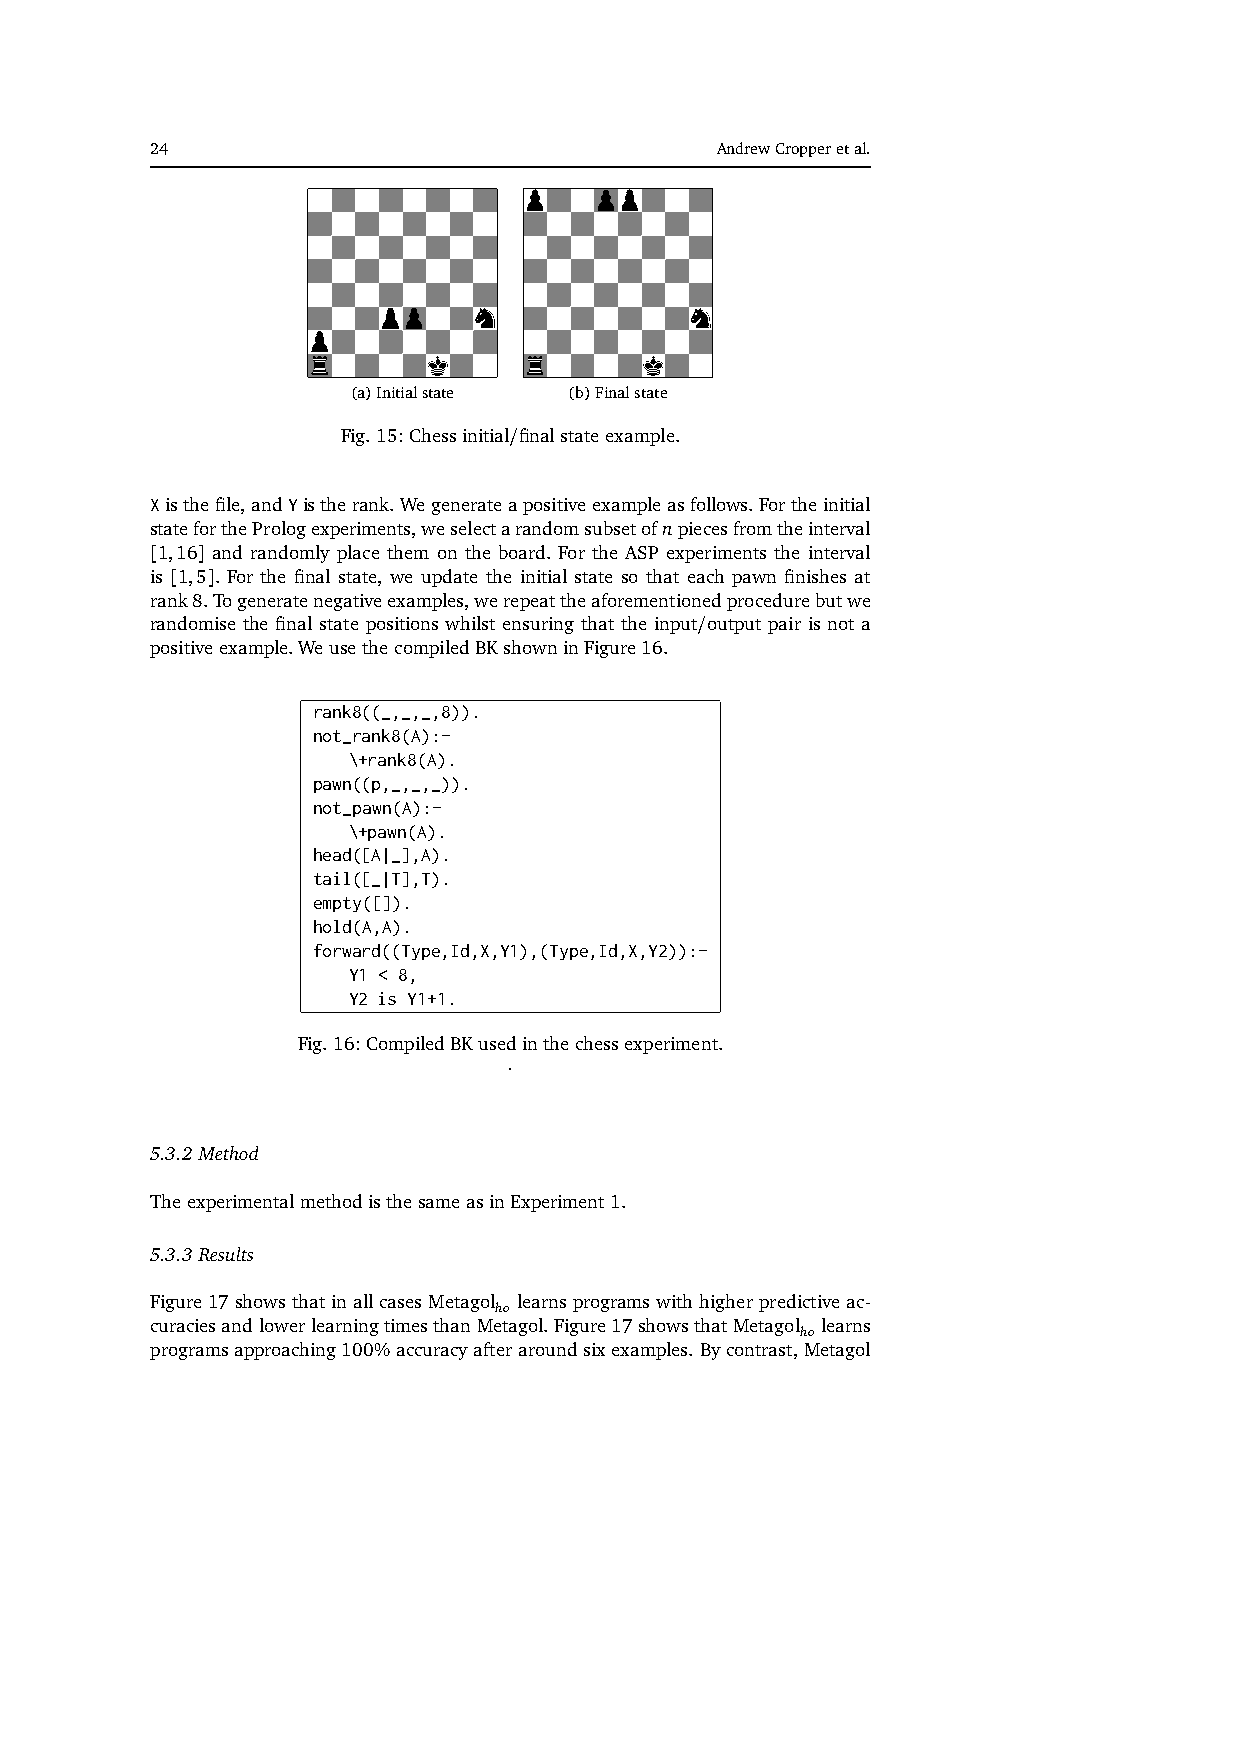
24                                   AndrewCropperetal.
 (a)Initialstate (b)Finalstate
 Fig.15:Chessinitial/finalstateexample.
 Xisthefile,andYistherank.Wegenerateapositiveexampleasfollows.Fortheinitial
 stateforthePrologexperiments,weselectarandomsubsetofnpiecesfromtheinterval
 [1,16] and randomly place them on the board. For the ASP experiments the interval
 is [1,5]. For the final state, we update the initial state so that each pawn finishes at
 rank8.Togeneratenegativeexamples,werepeattheaforementionedprocedurebutwe
 randomise the final state positions whilst ensuring that the input/output pair is not a
 positiveexample.WeusethecompiledBKshowninFigure16.
 rank8((_,_,_,8)).
 not_rank8(A):-
 \+rank8(A).
 pawn((p,_,_,_)).
 not_pawn(A):-
 \+pawn(A).
 head([A|_],A).
 tail([_|T],T).
 empty([]).
 hold(A,A).
 forward((Type,Id,X,Y1),(Type,Id,X,Y2)):-
 Y1 < 8,
 Y2 is Y1+1.
 Fig.16:CompiledBKusedinthechessexperiment.
 .
 5.3.2 Method
 TheexperimentalmethodisthesameasinExperiment1.
 5.3.3 Results
 Figure17showsthatinallcasesMetagol learnsprogramswithhigherpredictiveac-
 ho
 curaciesandlowerlearningtimesthanMetagol.Figure17showsthatMetagol learns
 ho
 programsapproaching100%accuracyafteraroundsixexamples.Bycontrast,Metagol